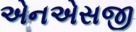
એનએસજી